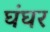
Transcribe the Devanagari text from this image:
घंघर